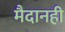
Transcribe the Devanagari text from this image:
मैदानही